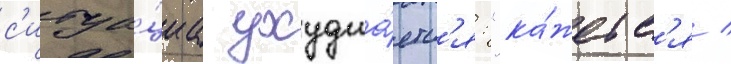
с'итуа́циа ухудша́етс'я: "ка́жетс'я /